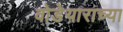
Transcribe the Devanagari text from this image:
वोडेयाराच्या